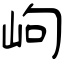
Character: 岣